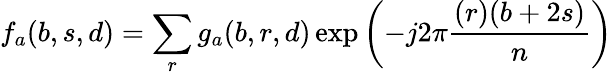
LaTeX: f_{a}(b,s,d)=\sum_{r}g_{a}(b,r,d)\exp\left(-j2\pi{\frac{(r)(b+2s)}{n}}\right)